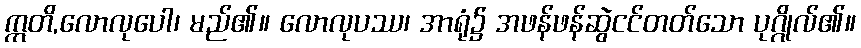
ဣတိ,လောလုပေါ၊ မည်၏။ လောလုပဿ၊ အာရုံ၌ အဖန်ဖန်ဆွဲငင်တတ်သော ပုဂ္ဂိုလ်၏။